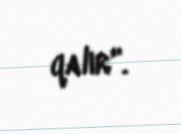
qalır".